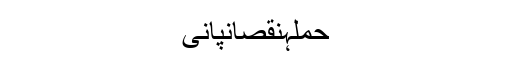
حملہنقصانپانی